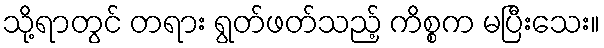
သို့ရာတွင် တရား ရွတ်ဖတ်သည့် ကိစ္စက မပြီးသေး။